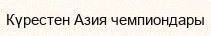
Күрестен Азия чемпиондары